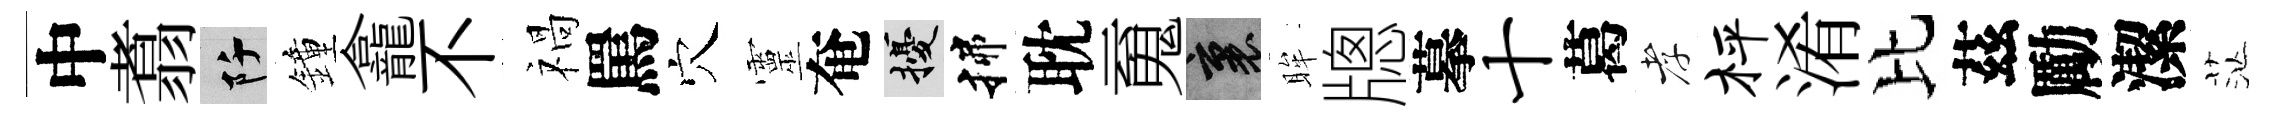
中翥阡鐘龕不禍罵穴靈奄擾揲耽䰟裏眸牕摹十葛孝枰淆比茲勵潔茫